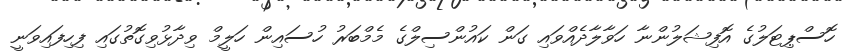
ހޮސްޕިޓަލުގެ އޮފިޝަލުންނާ ހަވާލާދެއްވައި ގަން ކައުންސިލްގެ މެމްބަރު ހުސައިން ހަލީމް ވިދާޅުވިގޮތުގައި ފިހިފައިވަނީ